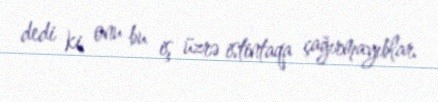
dedi ki, onu bu iş üzrə istintaqa çağırmayıblar.